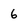
Character: 6